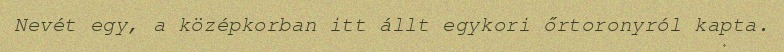
Nevét egy, a középkorban itt állt egykori őrtoronyról kapta.